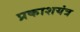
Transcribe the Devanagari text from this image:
प्रकाशयंत्र